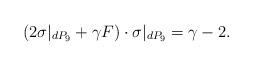
\begin{align*}(2\sigma|_{dP_9}+\gamma F) \cdot \sigma|_{dP_9} =\gamma -2.\end{align*}